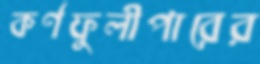
কর্ণফুলীপারের